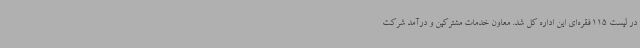
در لیست 115 فقره‌ای این اداره کل شد. معاون خدمات مشترکین و درآمد شرکت